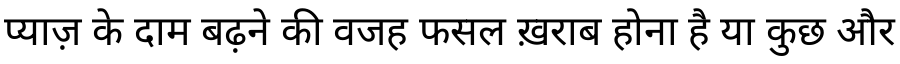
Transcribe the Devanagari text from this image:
प्याज़ के दाम बढ़ने की वजह फसल ख़राब होना है या कुछ और